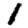
Digit: 1